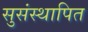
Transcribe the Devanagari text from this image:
सुसंस्थापित